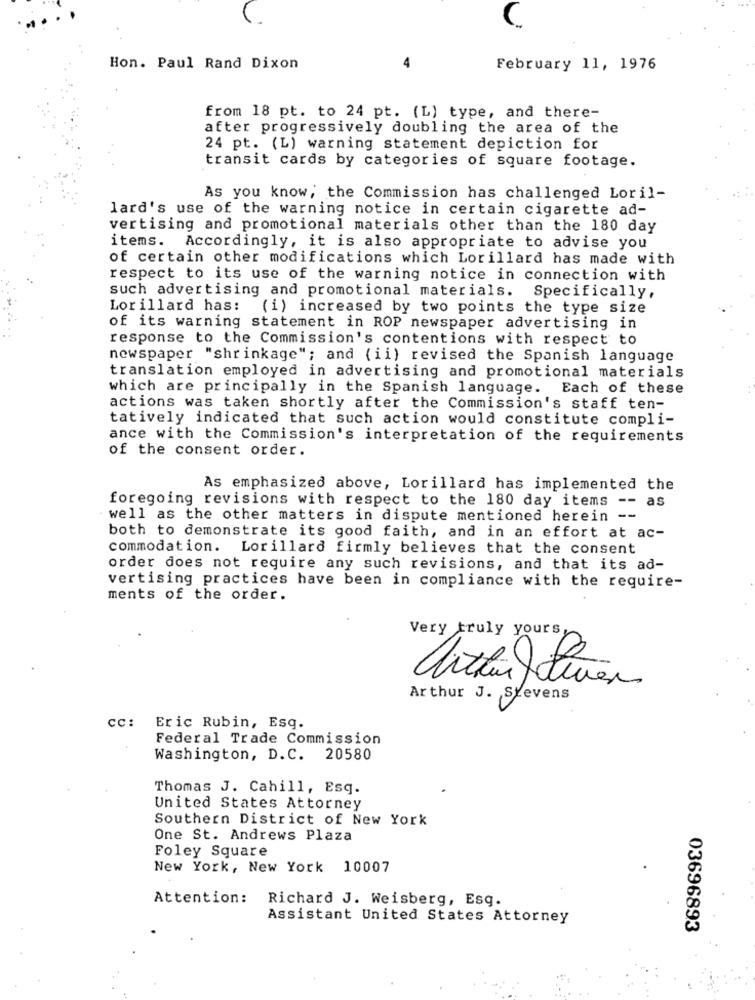
Hon. Paul Rand Dixon
February 11, 1976
from 18 pt. to 24 pt. (L) type, and there-
after progressively doubling the area of the
24 pt. (L) warning statement depiction for
transit cards by categories of square footage.
As you know, the Commission has challenged Loril-
lard's use of the warning notice in certain cigarette ad-
vertising and promotional materials other than the 180 day
items.
Accordingly, it is also appropriate to advise you
of certain other modifications which Lorillard has made with
respect to its use of the warning notice in connection with
such advertising and promotional materials. Specifically,
Lor illard has:
(i) increased by two points the type size
of its warning statement in ROP newspaper advertising in
response to the Commission's contentions with respect to
newspaper "shrinkage"; and (ii) revised the Spanish language
translation employed in advertising and promotional materials
which are principally in the Spanish language. Each of these
actions was taken shortly after the Commission's staff ten-
tatively indicated that such action would constitute compli-
ance with the Commission's interpretation of the requirements
of the consent order.
As emphasized above, Lorillard has implemented the
foregoing revisions with respect to the 180 day items -- as
well as the other matters in dispute mentioned herein --
both to demonstrate its good faith, and in an effort at ac-
commodation. Lorillard firmly believes that the consent
order does not require any such revisions, and that its ad-
vertising practices have been in compliance with the require-
ments of the order.
Very truly yours,
Arthur J. Stevens
cc: Eric Rubin, Esq.
Federal Trade Commission
Washington, D. C.
20580
Thomas J. Cahill, Esq.
United States Attorney
Southern District of New York
One St. Andrews Plaza
Foley Square
New York, New York 10007
Attention:
Richard J. Weisberg, Esq.
Assistant United States Attorney
03696893